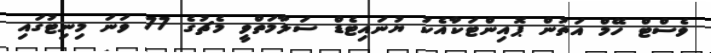
ވެސްޓް ހޭމް އަތުން ޕޮއިންޓަކާއެކު ޔުނައިޓެޑް ސަލާމަތްވީ މެޗުގެ 77 ވަނަ މިނިޓުގައި